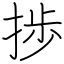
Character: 捗